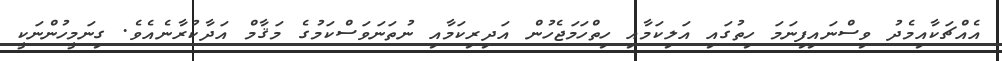
އެއްޗަކާއިމެދު ވިސްނައިފިނަމަ ހިތުގައި އަލިކަމާއި ހިތްހަމަޖެހުން އަދިރިކަމާއި ނުތަނަވަސްކަމުގެ މަޤާމް އަދާކުރާނެއެވެ. ގިނަމީހުންނަކީ